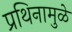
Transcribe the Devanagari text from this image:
प्रथिनामुळे